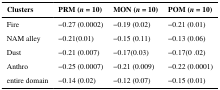
<table><thead><tr><td><b>Clusters</b></td><td><b>PRM (<i>n</i> = 10)</b></td><td><b>MON (<i>n</i> = 10)</b></td><td><b>POM (<i>n</i> = 10)</b></td></tr></thead><tbody><tr><td>Fire</td><td>−0.27 (0.0002)</td><td>−0.19 (0.02)</td><td>−0.21 (0.01)</td></tr><tr><td>NAM alley</td><td>−0.21(0.01)</td><td>−0.15 (0.11)</td><td>−0.13 (0.06)</td></tr><tr><td>Dust</td><td>−0.21 (0.007)</td><td>−0.17(0.03)</td><td>−0.17(0 .02)</td></tr><tr><td>Anthro</td><td>−0.25 (0.0007)</td><td>−0.21 (0.009)</td><td>−0.22 (0.0001)</td></tr><tr><td>entire domain</td><td>−0.14 (0.02)</td><td>−0.12 (0.07)</td><td>−0.15 (0.01)</td></tr></tbody></table>